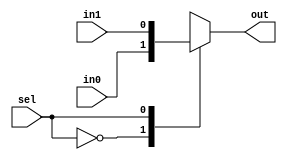
//========================================================================
// Verilog Components: Muxes
//========================================================================

`ifndef VC_MUXES_V
`define VC_MUXES_V

//------------------------------------------------------------------------
// 2 Input Mux
//------------------------------------------------------------------------

module vc_Mux2
#(
  parameter p_nbits = 1
)(
  input      [p_nbits-1:0] in0, in1,
  input                    sel,
  output reg [p_nbits-1:0] out
);

  always @(*)
  begin
    case ( sel )
      1'd0 : out = in0;
      1'd1 : out = in1;
      default : out = {p_nbits{1'bx}};
    endcase
  end

endmodule

//------------------------------------------------------------------------
// 3 Input Mux
//------------------------------------------------------------------------

module vc_Mux3
#(
  parameter p_nbits = 1
)(
  input      [p_nbits-1:0] in0, in1, in2,
  input              [1:0] sel,
  output reg [p_nbits-1:0] out
);

  always @(*)
  begin
    case ( sel )
      2'd0 : out = in0;
      2'd1 : out = in1;
      2'd2 : out = in2;
      default : out = {p_nbits{1'bx}};
    endcase
  end

endmodule

//------------------------------------------------------------------------
// 4 Input Mux
//------------------------------------------------------------------------

module vc_Mux4
#(
  parameter p_nbits = 1
)(
  input      [p_nbits-1:0] in0, in1, in2, in3,
  input              [1:0] sel,
  output reg [p_nbits-1:0] out
);

  always @(*)
  begin
    case ( sel )
      2'd0 : out = in0;
      2'd1 : out = in1;
      2'd2 : out = in2;
      2'd3 : out = in3;
      default : out = {p_nbits{1'bx}};
    endcase
  end

endmodule

//------------------------------------------------------------------------
// 5 Input Mux
//------------------------------------------------------------------------

module vc_Mux5
#(
 parameter p_nbits = 1
)(
  input      [p_nbits-1:0] in0, in1, in2, in3, in4,
  input              [2:0] sel,
  output reg [p_nbits-1:0] out
);

  always @(*)
  begin
    case ( sel )
      3'd0 : out = in0;
      3'd1 : out = in1;
      3'd2 : out = in2;
      3'd3 : out = in3;
      3'd4 : out = in4;
      default : out = {p_nbits{1'bx}};
    endcase
  end

endmodule

//------------------------------------------------------------------------
// 6 Input Mux
//------------------------------------------------------------------------

module vc_Mux6
#(
  parameter p_nbits = 1
)(
  input      [p_nbits-1:0] in0, in1, in2, in3, in4, in5,
  input              [2:0] sel,
  output reg [p_nbits-1:0] out
);

  always @(*)
  begin
    case ( sel )
      3'd0 : out = in0;
      3'd1 : out = in1;
      3'd2 : out = in2;
      3'd3 : out = in3;
      3'd4 : out = in4;
      3'd5 : out = in5;
      default : out = {p_nbits{1'bx}};
    endcase
  end

endmodule

//------------------------------------------------------------------------
// 7 Input Mux
//------------------------------------------------------------------------

module vc_Mux7
#(
  parameter p_nbits = 1
)(
  input      [p_nbits-1:0] in0, in1, in2, in3, in4, in5, in6,
  input              [2:0] sel,
  output reg [p_nbits-1:0] out
);

  always @(*)
  begin
    case ( sel )
      3'd0 : out = in0;
      3'd1 : out = in1;
      3'd2 : out = in2;
      3'd3 : out = in3;
      3'd4 : out = in4;
      3'd5 : out = in5;
      3'd6 : out = in6;
      default : out = {p_nbits{1'bx}};
    endcase
  end

endmodule

//------------------------------------------------------------------------
// 8 Input Mux
//------------------------------------------------------------------------

module vc_Mux8
#(
  parameter p_nbits = 1
)(
  input      [p_nbits-1:0] in0, in1, in2, in3, in4, in5, in6, in7,
  input              [2:0] sel,
  output reg [p_nbits-1:0] out
);

  always @(*)
  begin
    case ( sel )
      3'd0 : out = in0;
      3'd1 : out = in1;
      3'd2 : out = in2;
      3'd3 : out = in3;
      3'd4 : out = in4;
      3'd5 : out = in5;
      3'd6 : out = in6;
      3'd7 : out = in7;
      default : out = {p_nbits{1'bx}};
    endcase
  end

endmodule

`endif /* VC_MUXES_V */